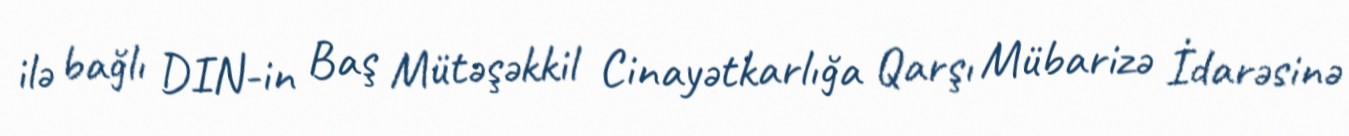
ilə bağlı DIN-in Baş Mütəşəkkil Cinayətkarlığa Qarşı Mübarizə İdarəsinə